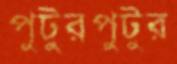
পুটুরপুটুর